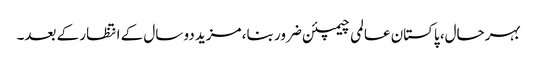
بہرحال، پاکستان عالمی چیمپئن ضرور بنا، مزید دو سال کے انتظار کے بعد۔